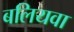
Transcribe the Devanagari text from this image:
बलियवा